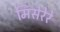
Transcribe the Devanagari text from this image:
मिसेरेरे